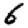
Digit: 6